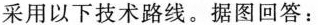
采用以下技术路线。据图回答：